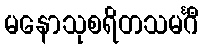
မနောသုစရိတသမင်္ဂီ